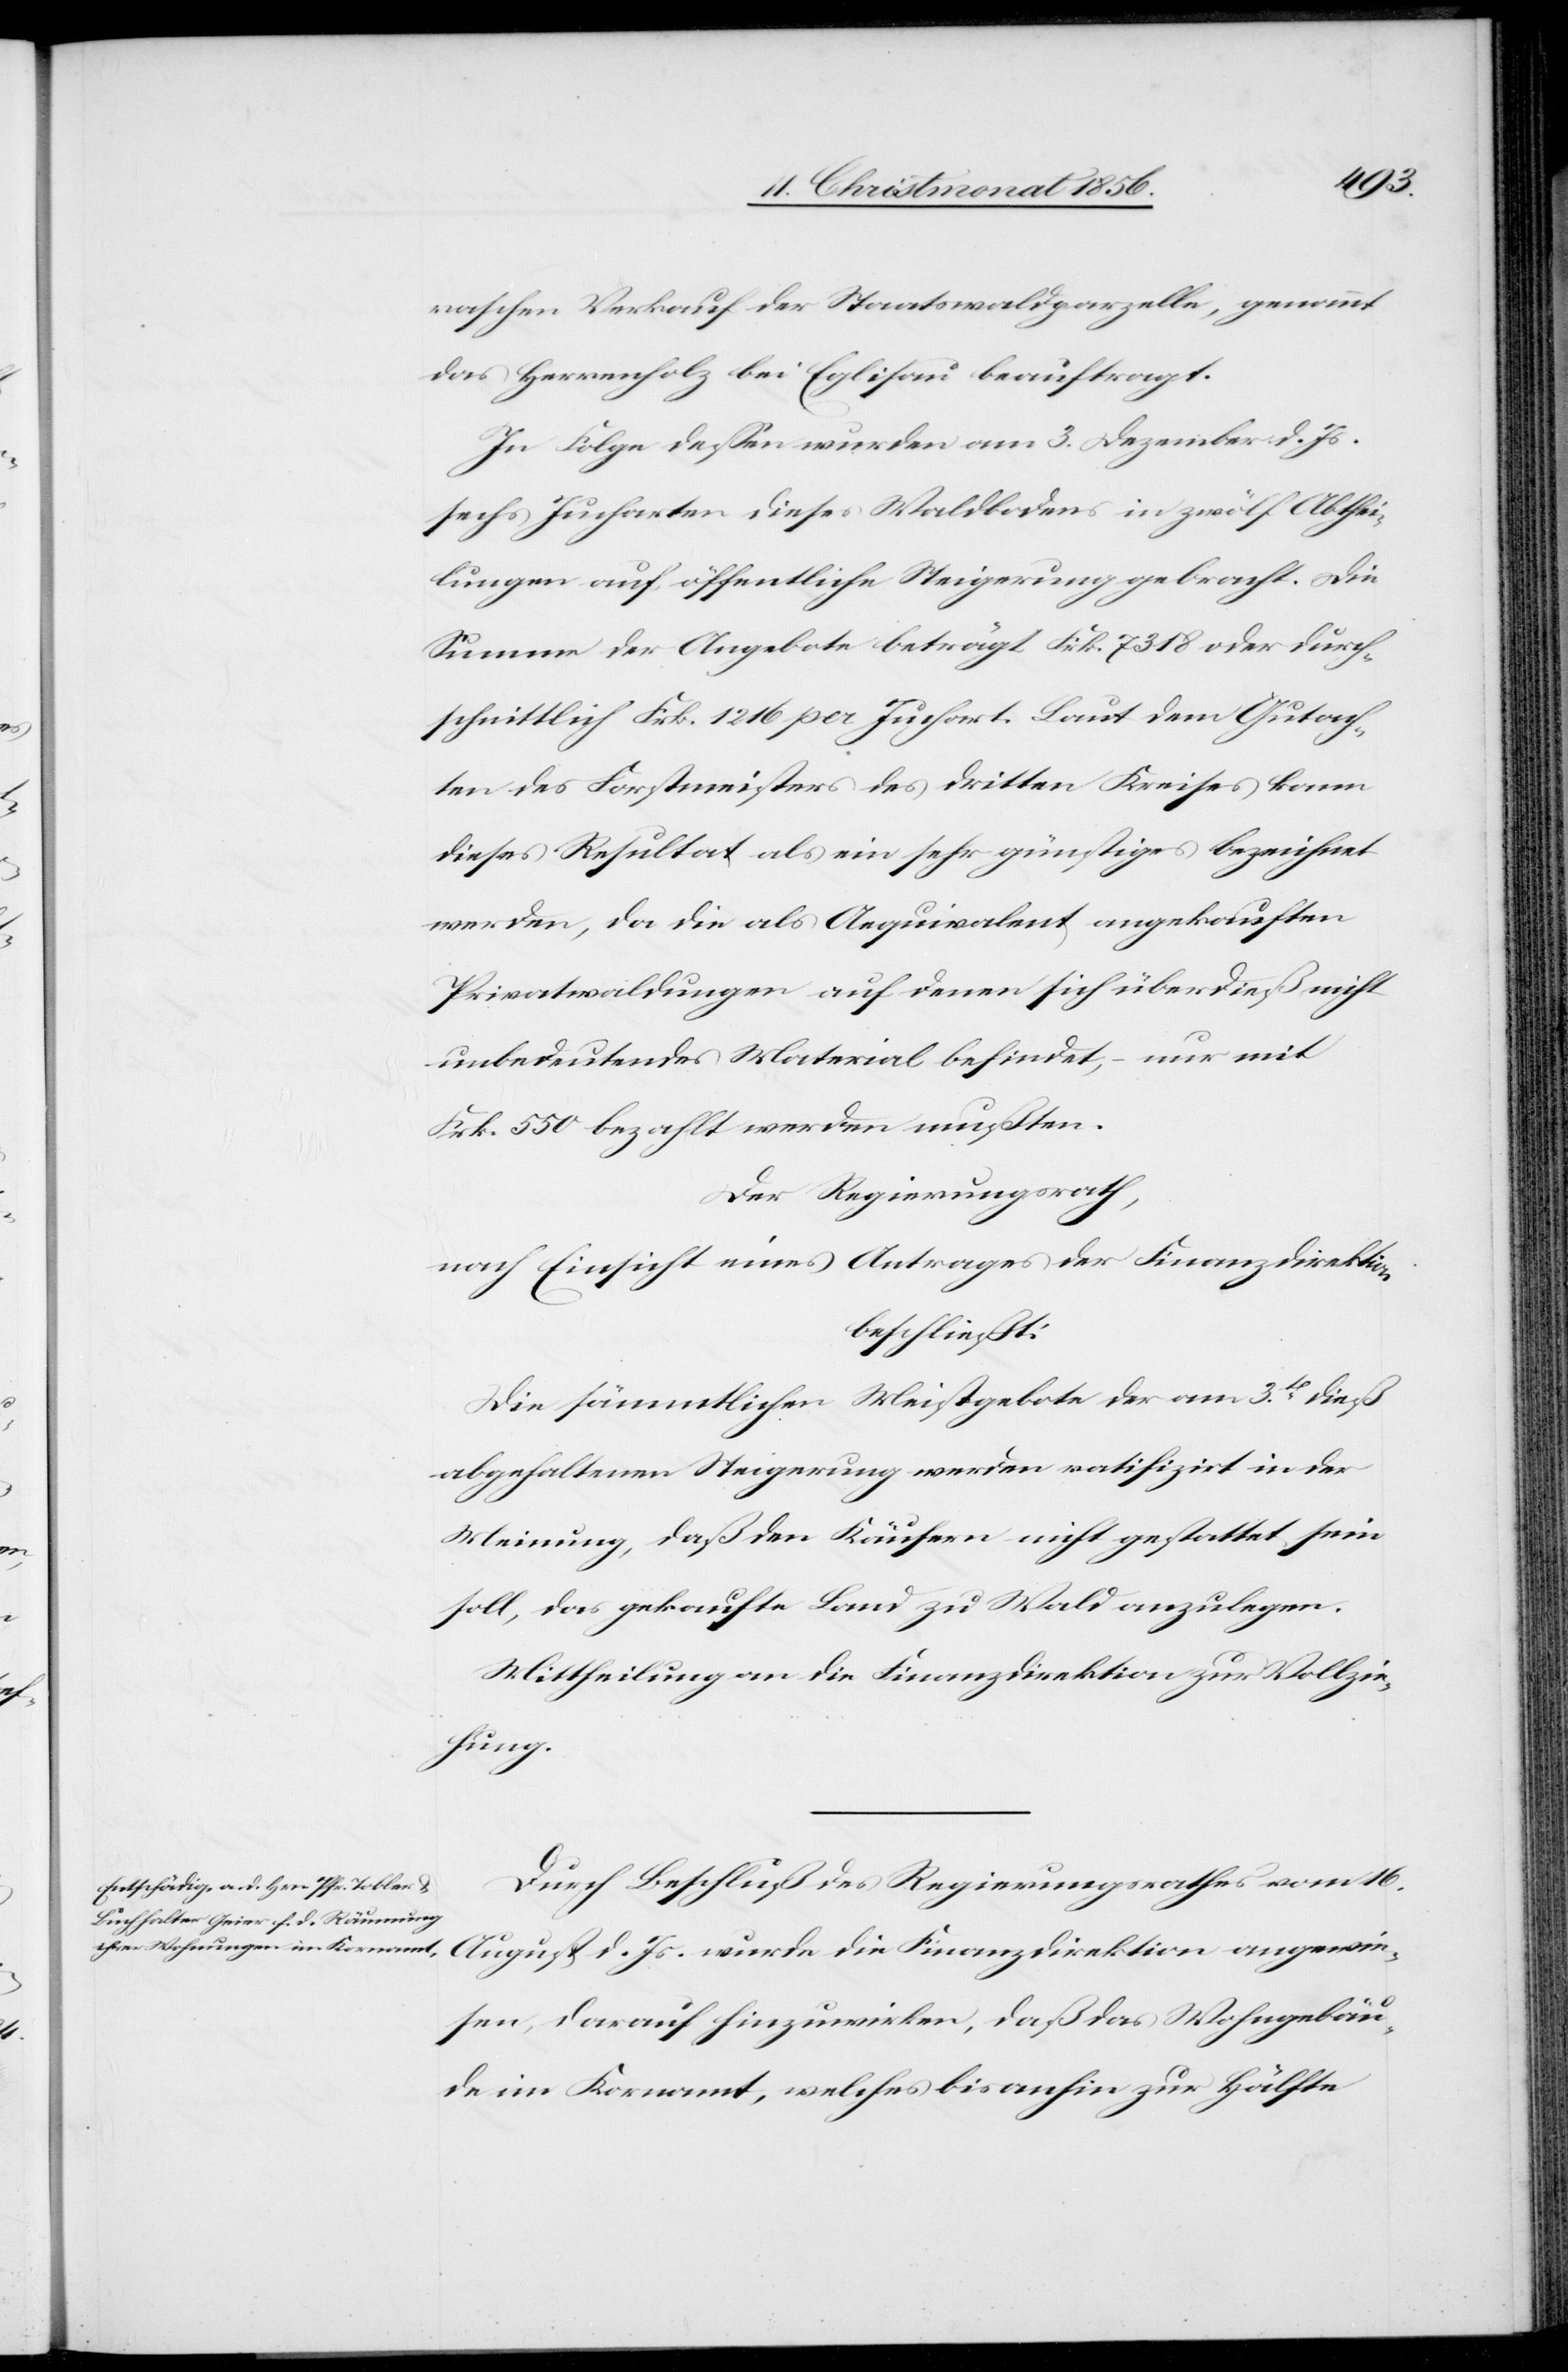
angewie¬
raschen Verkauf der Staatswaldparzelle, genannt
das Herrenholz [sic!] bei Eglisau beauftragt.
In Folge dessen wurden am 3. Dezember d. Js.
sechs Jucharten dieses Waldbodens in zwölf Abthei¬
lungen auf öffentliche Steigerung gebracht. Die
Summe der Angebote beträgt Frk. 7318 oder durch¬
schnittlich Frk. 1216 per Juchart. Laut dem Gutach¬
ten des Forstmeisters des dritten Kreises kann
dieses Resultat als ein sehr günstiges bezeichnet
werden, da die als Aequivalent angekauften
Privatwaldungen auf denen sich überdieß nicht
unbedeutendes Material befindet, – nur mit
Frk. 550 bezahlt werden mußten.
Der Regierungsrath,
nach Einsicht eines Antrages der Finanzdirektion
beschließt:
Die sämmtlichen Meistgebote der am 3t dieß
abgehaltenen Steigerung werden ratifizirt in der
d.
Meinung, daß den Käufern nicht gestattet sein
soll, das gekaufte Land zu Waldung anzulegen.
Mittheilung an die Finanzdirektion zur Vollzie¬
hung.
Durch Beschluß des Regierungsrathes vom 16.
sen, darauf hinzuwirken, daß das Wohngebäu¬
de im Kornamt, welches bisanhin zur Hälfte